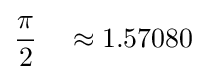
{\frac {\pi }{2}}\quad \approx 1.57080